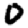
Digit: 0